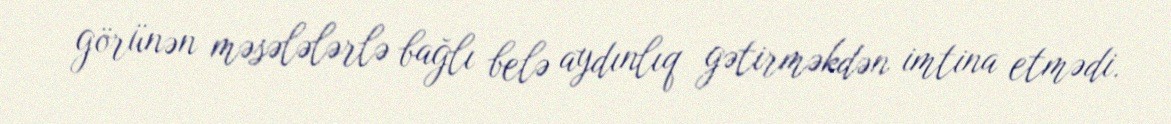
görünən məsələlərlə bağlı belə aydınlıq gətirməkdən imtina etmədi.